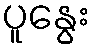
ပူနွေး